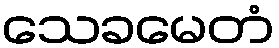
သေခမေတံ